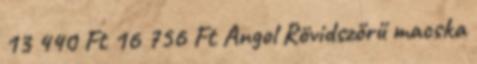
13 440 Ft 16 756 Ft Angol Rövidszőrű macska